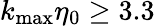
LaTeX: {{k}_{\operatorname*{max}}}{{\eta}_{0}}\ge 3.3